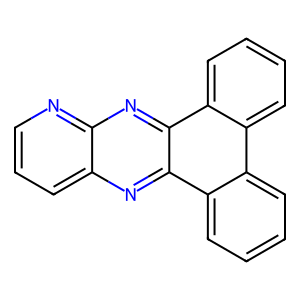
SMILES: c1cnc2nc3c4ccccc4c4ccccc4c3nc2c1
Inhibits HIV replication: No